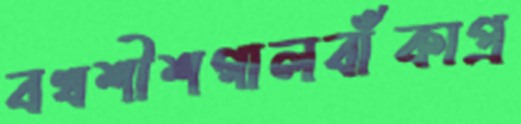
বখশীশগালবাঁকাপ্র